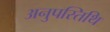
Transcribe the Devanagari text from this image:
अनुपस्तिथि